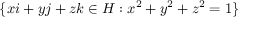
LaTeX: \lbrace x i + y j + z k \in H : x ^ { 2 } + y ^ { 2 } + z ^ { 2 } = 1 \rbrace